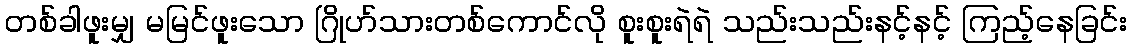
တစ်ခါဖူးမျှ မမြင်ဖူးသော ဂြိုဟ်သားတစ်ကောင်လို စူးစူးရဲရဲ သည်းသည်းနင့်နင့် ကြည့်နေခြင်း